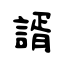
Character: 諝